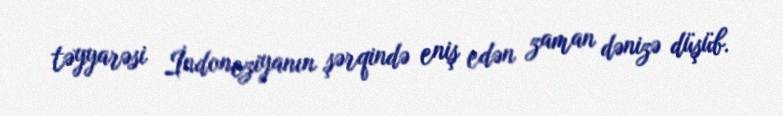
təyyarəsi İndoneziyanın şərqində eniş edən zaman dənizə düşüb.